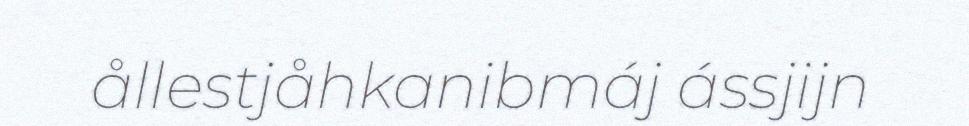
ållestjåhkanibmáj ássjijn